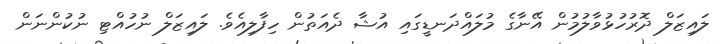
ލައިޒަލް ދޮރުހުޅުވާލުމުން އޭނާގެ މުލައްދަނޑީގައި އުޝާ ދެއަތުން ހިފާލިއެވެ. ލައިޒަލް ނުހުއްޓި ނުކުންނަން